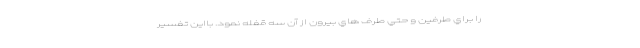
را براي طرفين و حتي طرف هاي بيرون از آن سه قفله نمود. بااين تفسير